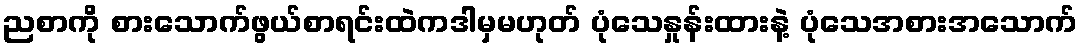
ညစာကို စားသောက်ဖွယ်စာရင်းထဲကဒါမှမဟုတ် ပုံသေနှုန်းထားနဲ့ ပုံသေအစားအသောက်